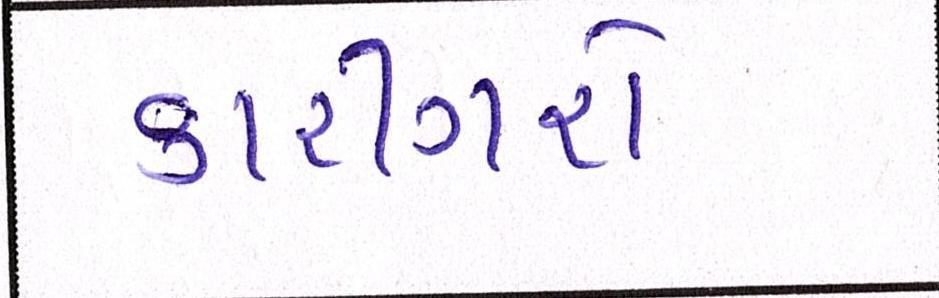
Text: કારીગરો